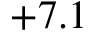
+ 7 . 1